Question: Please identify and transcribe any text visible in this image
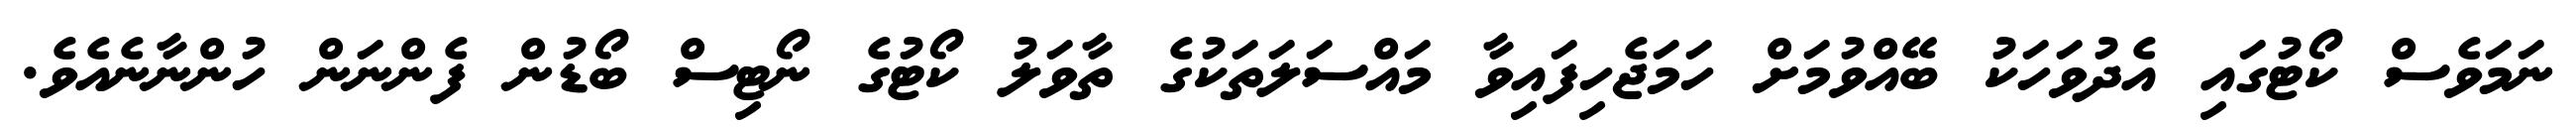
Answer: ނަމަވެސް ކޯޓުގައި އެދުވަހަކު ބޭއްވުމަށް ހަމަޖެހިފައިވާ މައްސަލަތަކުގެ ތާވަލު ކޯޓުގެ ނޯޓިސް ބޯޑުން ފެންނަން ހުންނާނެއެވެ.